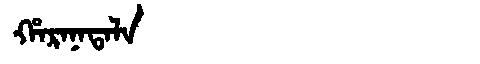
Manchu: ᡥᠠᡵᠠᠨᠠᡨᠠᠯᠠ
Romanization: HARANATALA